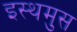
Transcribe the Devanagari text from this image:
इस्थमुस